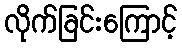
လိုက်ခြင်းကြောင့်